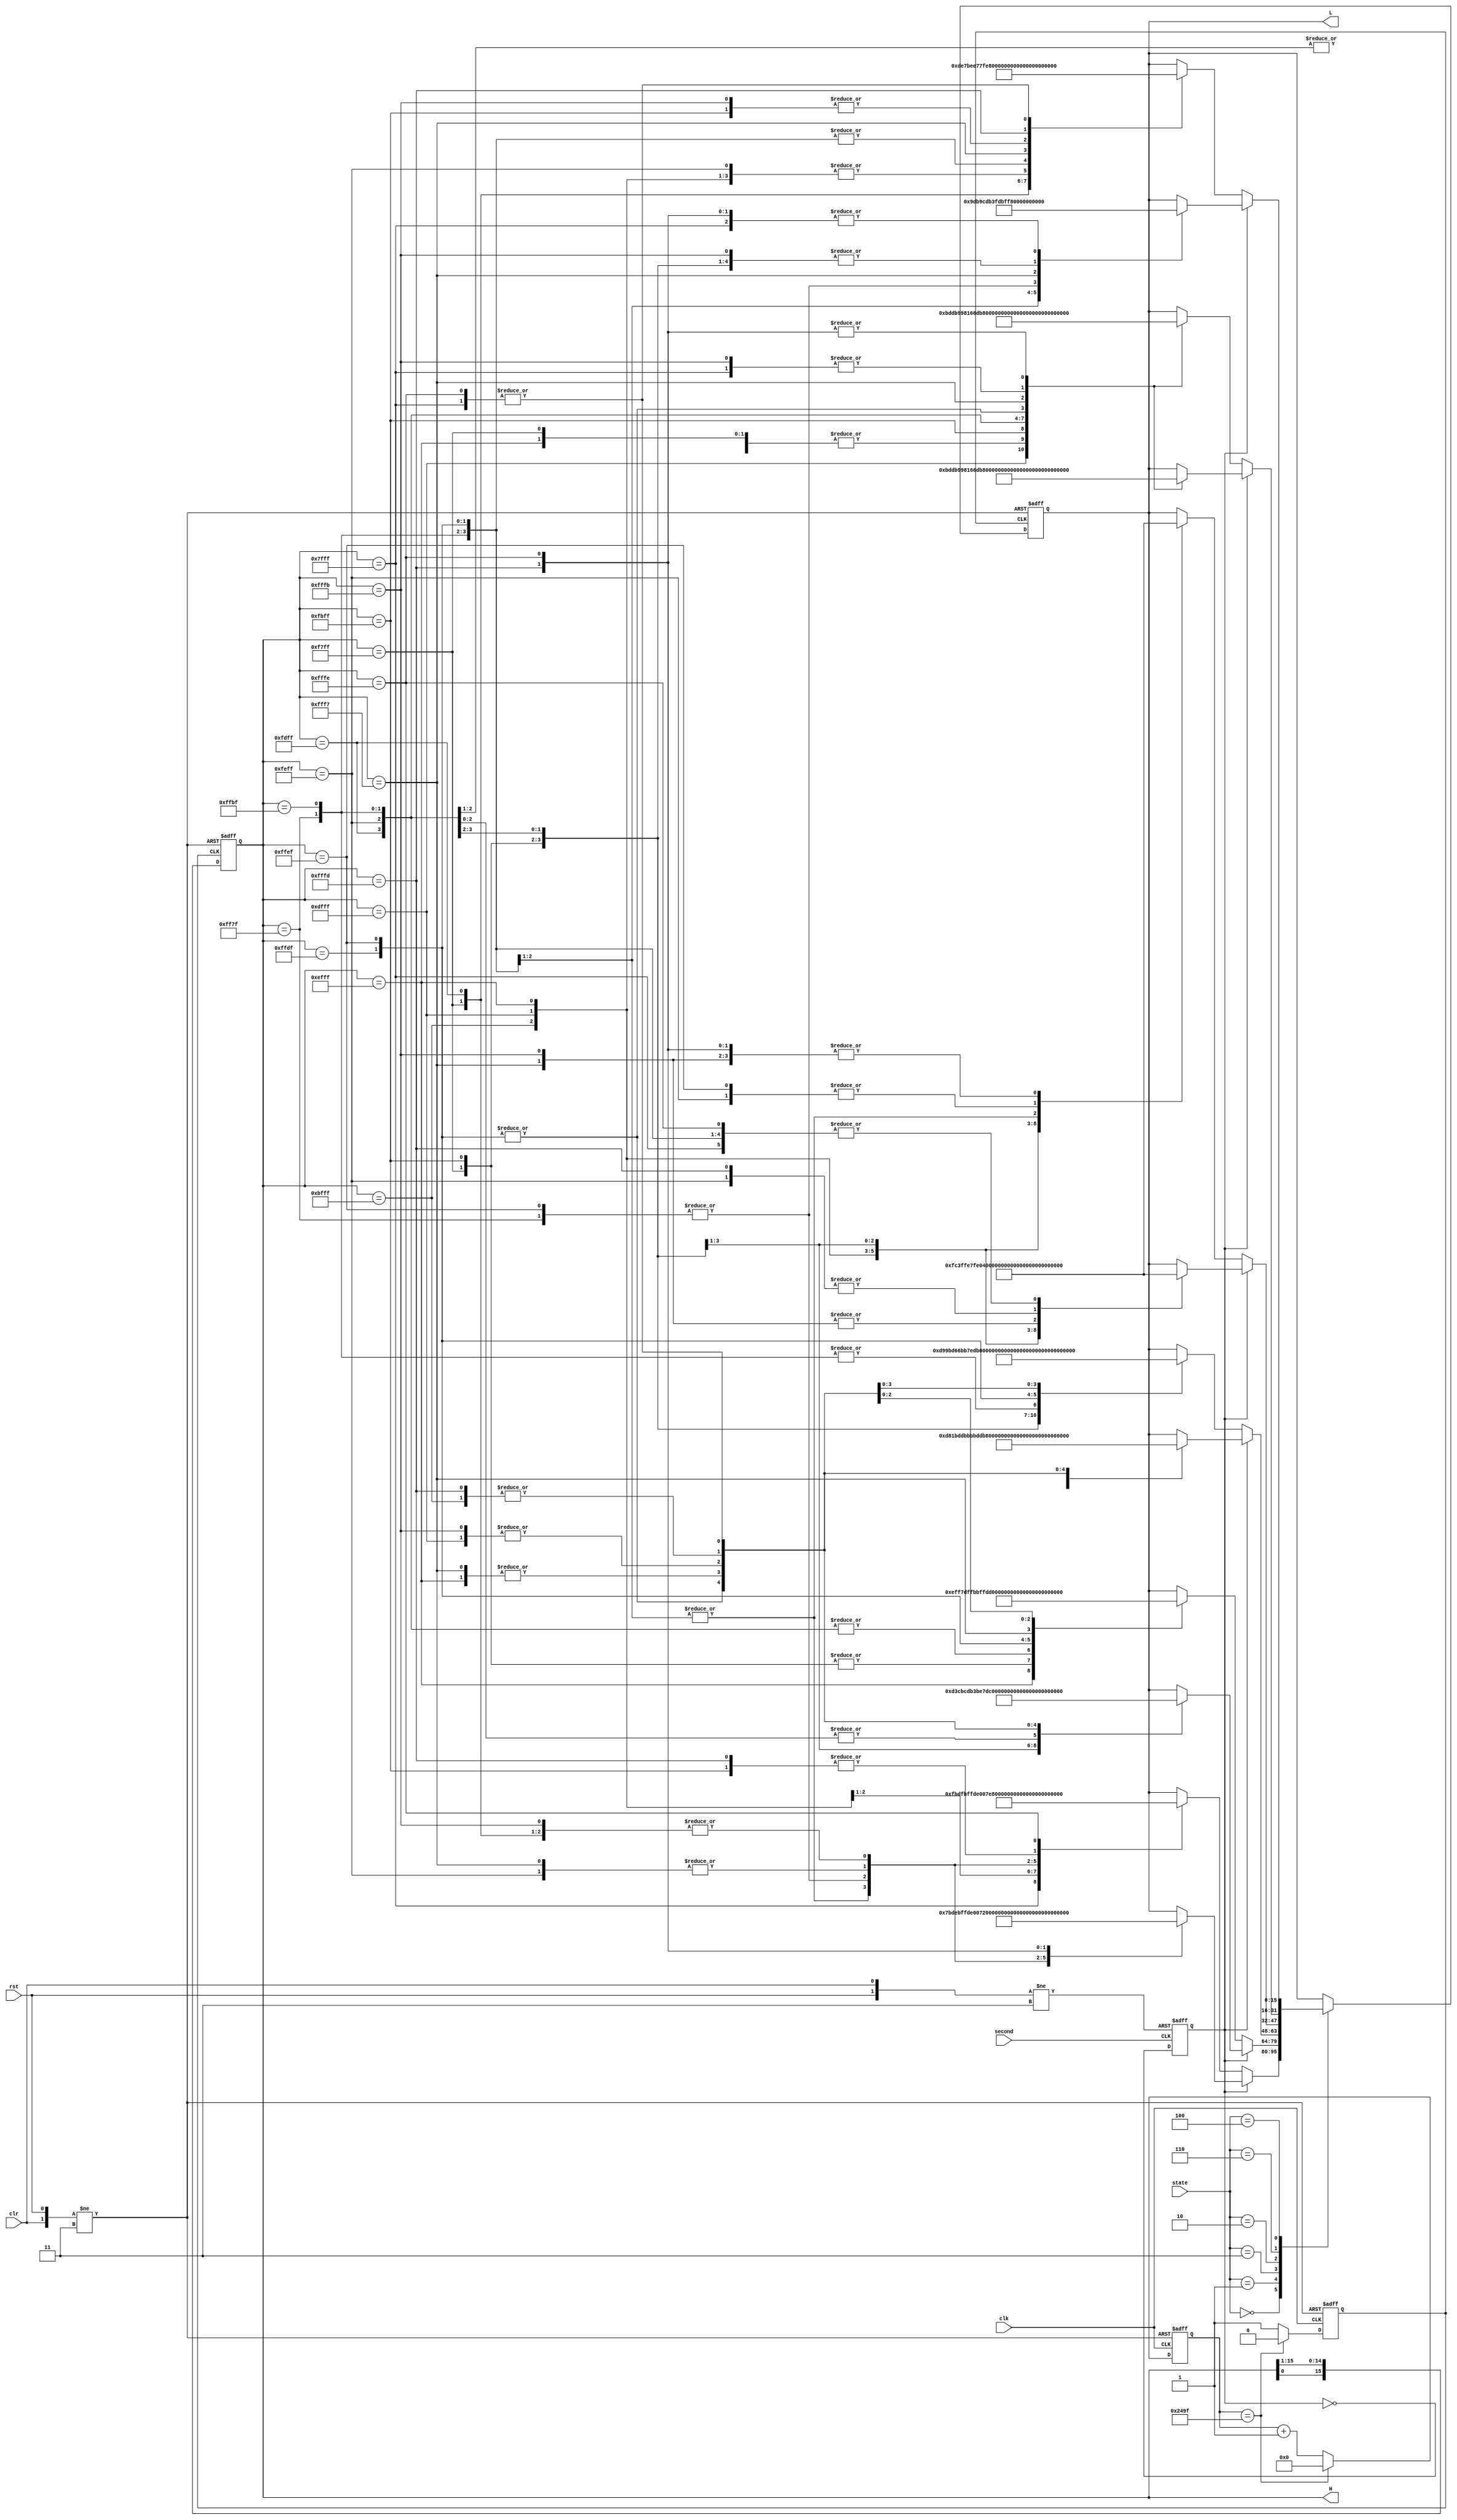


//

module LED_dot_matrix(clk, rst, clr, second, state, H, L);

	input clk, rst, clr;
	reg [13:0] posclk_cnt;
	reg clk_9375;
	
	

	input [2:0] state;
	localparam Free = 3'b000;
	localparam Water_supply = 3'b001;
	localparam Rinsing = 3'b011; //3
	localparam Water_draining = 3'b010;
	localparam Dehydrating = 3'b110;
	localparam Warning = 3'b100;
	
	input second;
	reg flip;
	output reg [15:0] H, L;
	
	localparam Row_1 = 16'b0111_1111_1111_1111;
	localparam Row_2 = 16'b1011_1111_1111_1111;
	localparam Row_3 = 16'b1101_1111_1111_1111;
	localparam Row_4 = 16'b1110_1111_1111_1111;
	localparam Row_5 = 16'b1111_0111_1111_1111;
	localparam Row_6 = 16'b1111_1011_1111_1111;
	localparam Row_7 = 16'b1111_1101_1111_1111;
	localparam Row_8 = 16'b1111_1110_1111_1111;
	localparam Row_9 = 16'b1111_1111_0111_1111;
	localparam Row_10 = 16'b1111_1111_1011_1111;
	localparam Row_11 = 16'b1111_1111_1101_1111;
	localparam Row_12 = 16'b1111_1111_1110_1111;
	localparam Row_13 = 16'b1111_1111_1111_0111;
	localparam Row_14 = 16'b1111_1111_1111_1011;
	localparam Row_15 = 16'b1111_1111_1111_1101;
	localparam Row_16 = 16'b1111_1111_1111_1110;
	
	
	always @(posedge clk or negedge rst or negedge clr)	// ; 24MHz = '9375' * 2^8 *10
		begin
			if (!rst)
				begin
					posclk_cnt <= 0;
					clk_9375 <= 1;
				end
			else if (!clr)
				begin
					posclk_cnt <= 0;
					clk_9375 <= 1;
				end
			else if (posclk_cnt == 9375)	//9375
				begin
					posclk_cnt <= 0;
					clk_9375 <= 0;
				end
			else
				begin
					posclk_cnt <= posclk_cnt + 1;
					clk_9375 <= 1;
				end
		end
	
	
	always @(negedge second or negedge rst or negedge clr)
		begin
			if (!rst)
				flip <= 0;
			else if (!clr)
				flip <= 0;
			else
				flip <= !flip;
		end
	
	always @(negedge clk_9375 or negedge rst or negedge clr)	//
		begin
			if (!rst)
				H <= 16'b0111_1111_1111_1111;
			else if (!clr)
				H <= 16'b0111_1111_1111_1111;
			else
				H <= {H[0],H[15:1]};
		end
	
	always @(negedge clk_9375 or negedge rst or negedge clr )
		begin
			if (!rst)
				L <= 16'b1111_1111_1111_1111;
			else if (!clr)
				L <= 16'b1111_1111_1111_1111;
			else
				begin
					case(state)
						Free:
							begin
								if (!flip)
									case(H)
										Row_1:
											L <= 16'b1111_1011_1101_1111; 
										Row_2:
											L <= 16'b1011_1111_1111_1101;
										Row_3:
											L <= 16'b1110_0000_0000_0111;
										Row_4:
											L <= 16'b1110_1111_1111_0111;
										Row_5:
											L <= 16'b1110_1111_1111_0111;
										Row_6:
											L <= 16'b1010_0000_0000_0101;
										Row_7:
											L <= 16'b1110_1111_1111_0111;
										Row_8:
											L <= 16'b1110_1110_0111_0111;
										Row_9:
											L <= 16'b1010_1101_1011_0101;
										Row_10:
											L <= 16'b1110_1010_0101_0111;
										Row_11:
											L <= 16'b1110_1010_0101_0111;
										Row_12:
											L <= 16'b1010_1101_1011_0101;
										Row_13:
											L <= 16'b1110_1110_0111_0111;
										Row_14:
											L <= 16'b1110_1111_1111_0111;
										Row_15:
											L <= 16'b1010_0000_0000_0101;
										Row_16:
											L <= 16'b1111_1111_1111_1111;
									endcase
								else
									case(H)
										Row_1:
											L <= 16'b0111_1011_1101_1110; 
										Row_2:
											L <= 16'b1011_1111_1111_1101;
										Row_3:
											L <= 16'b1110_0000_0000_0111;
										Row_4:
											L <= 16'b1110_1111_1111_0111;
										Row_5:
											L <= 16'b1110_1111_1111_0111;
										Row_6:
											L <= 16'b0010_0000_0000_0100;
										Row_7:
											L <= 16'b1110_1111_1111_0111;
										Row_8:
											L <= 16'b1110_1110_0111_0111;
										Row_9:
											L <= 16'b0010_1101_1011_0100;
										Row_10:
											L <= 16'b1110_1010_0101_0111;
										Row_11:
											L <= 16'b1110_1010_0101_0111;
										Row_12:
											L <= 16'b0010_1101_1011_0100;
										Row_13:
											L <= 16'b1110_1110_0111_0111;
										Row_14:
											L <= 16'b1110_1111_1111_0111;
										Row_15:
											L <= 16'b1010_0000_0000_0101;
										Row_16:
											L <= 16'b0111_1111_1111_1110;
									endcase
							end
						Water_supply:
							begin
								if (!flip)
									case(H)
										Row_1:
											L <= 16'b1111_1111_1111_1111; 
										Row_2:
											L <= 16'b1111_1100_0011_1111;
										Row_3:
											L <= 16'b1111_0011_1100_1111;
										Row_4:
											L <= 16'b1110_1111_1111_0111;
										Row_5:
											L <= 16'b1101_1111_1111_1011;
										Row_6:
											L <= 16'b1101_1111_1111_1011;
										Row_7:
											L <= 16'b1011_1111_1111_1101;
										Row_8:
											L <= 16'b1011_1111_1111_1101;
										Row_9:
											L <= 16'b1011_1111_1111_1101;
										Row_10:
											L <= 16'b1011_1111_1111_1101;
										Row_11:
											L <= 16'b1101_0011_1100_1011;
										Row_12:
											L <= 16'b1100_1101_1011_0011;
										Row_13:
											L <= 16'b1110_1110_0111_0111;
										Row_14:
											L <= 16'b1111_0011_1100_1111;
										Row_15:
											L <= 16'b1111_1100_0011_1111;
										Row_16:
											L <= 16'b1111_1111_1111_1111;
									endcase
								else
									case(H)
										Row_1:
											L <= 16'b1111_1111_1111_1111; 
										Row_2:
											L <= 16'b1111_1100_0011_1111;
										Row_3:
											L <= 16'b1111_0011_1100_1111;
										Row_4:
											L <= 16'b1110_1111_1111_0111;
										Row_5:
											L <= 16'b1101_0011_1100_1011;
										Row_6:
											L <= 16'b1100_1101_1011_0011;
										Row_7:
											L <= 16'b1011_1110_0111_1101;
										Row_8:
											L <= 16'b1011_1111_1111_1101;
										Row_9:
											L <= 16'b1011_1111_1111_1101;
										Row_10:
											L <= 16'b1011_1111_1111_1101;
										Row_11:
											L <= 16'b1101_1111_1111_1011;
										Row_12:
											L <= 16'b1101_1111_1111_1011;
										Row_13:
											L <= 16'b1110_1111_1111_0111;
										Row_14:
											L <= 16'b1111_0011_1100_1111;
										Row_15:
											L <= 16'b1111_1100_0011_1111;
										Row_16:
											L <= 16'b1111_1111_1111_1111;
									endcase
							end
						Rinsing:
							begin
								if (!flip)
									case(H)
										Row_1:
											L <= 16'b1111_1111_1111_1111; 
										Row_2:
											L <= 16'b1111_1100_0011_1111;
										Row_3:
											L <= 16'b1111_0011_1100_1111;
										Row_4:
											L <= 16'b1110_1111_1111_0111;
										Row_5:
											L <= 16'b1101_1001_1001_1011;
										Row_6:
											L <= 16'b1101_0110_0110_1011;
										Row_7:
											L <= 16'b1011_0111_1110_1101;
										Row_8:
											L <= 16'b1011_0011_1100_1101;
										Row_9:
											L <= 16'b1011_1011_1101_1101;
										Row_10:
											L <= 16'b1011_1011_1101_1101;
										Row_11:
											L <= 16'b1101_1011_1101_1011;
										Row_12:
											L <= 16'b1101_1000_0001_1011;
										Row_13:
											L <= 16'b1110_1111_1111_0111;
										Row_14:
											L <= 16'b1111_0011_1100_1111;
										Row_15:
											L <= 16'b1111_1100_0011_1111;
										Row_16:
											L <= 16'b1111_1111_1111_1111;
									endcase
								else
									case(H)
										Row_1:
											L <= 16'b1111_1111_1111_1111; 
										Row_2:
											L <= 16'b1111_1100_0011_1111;
										Row_3:
											L <= 16'b1111_0011_1100_1111;
										Row_4:
											L <= 16'b1110_1111_1111_0111;
										Row_5:
											L <= 16'b1101_1000_0001_1011;
										Row_6:
											L <= 16'b1101_1101_1011_1011;
										Row_7:
											L <= 16'b1011_1011_1101_1101;
										Row_8:
											L <= 16'b1011_1010_0101_1101;
										Row_9:
											L <= 16'b1011_1010_0101_1101;
										Row_10:
											L <= 16'b1011_1001_1001_1101;
										Row_11:
											L <= 16'b1101_1001_1001_1011;
										Row_12:
											L <= 16'b1101_1001_1001_1011;
										Row_13:
											L <= 16'b1110_1111_1111_0111;
										Row_14:
											L <= 16'b1111_0011_1100_1111;
										Row_15:
											L <= 16'b1111_1100_0011_1111;
										Row_16:
											L <= 16'b1111_1111_1111_1111;
									endcase
							end
						Water_draining:
							begin
								if (!flip)
									case(H)
										Row_1:
											L <= 16'b1111_1111_1111_1111; 
										Row_2:
											L <= 16'b1111_1100_0011_1111;
										Row_3:
											L <= 16'b1111_1110_0111_1111;
										Row_4:
											L <= 16'b1110_0000_0011_1111;
										Row_5:
											L <= 16'b1111_1111_1101_1111;
										Row_6:
											L <= 16'b1110_0001_1101_1111;
										Row_7:
											L <= 16'b1111_1110_1101_1111;
										Row_8:
											L <= 16'b1111_1110_0011_1111;
										Row_9:
											L <= 16'b1111_1111_1111_1111;
										Row_10:
											L <= 16'b1111_1111_0111_1111;
										Row_11:
											L <= 16'b1111_1111_0111_1111;
										Row_12:
											L <= 16'b1111_1110_0011_1111;
										Row_13:
											L <= 16'b1111_1111_1111_1111;
										Row_14:
											L <= 16'b1111_1111_1111_1111;
										Row_15:
											L <= 16'b1111_1111_1111_1111;
										Row_16:
											L <= 16'b1111_1111_1111_1111;
									endcase
								else
									case(H)
										Row_1:
											L <= 16'b1111_1111_1111_1111; 
										Row_2:
											L <= 16'b1111_1100_0011_1111;
										Row_3:
											L <= 16'b1111_1110_0111_1111;
										Row_4:
											L <= 16'b1110_0000_0011_1111;
										Row_5:
											L <= 16'b1111_1111_1101_1111;
										Row_6:
											L <= 16'b1110_0001_1101_1111;
										Row_7:
											L <= 16'b1111_1110_1101_1111;
										Row_8:
											L <= 16'b1111_1110_0011_1111;
										Row_9:
											L <= 16'b1111_1111_1111_1111;
										Row_10:
											L <= 16'b1111_1111_1111_1111;
										Row_11:
											L <= 16'b1111_1111_1111_1111;
										Row_12:
											L <= 16'b1111_1111_1111_1111;
										Row_13:
											L <= 16'b1111_1111_0111_1111;
										Row_14:
											L <= 16'b1111_1111_0111_1111;
										Row_15:
											L <= 16'b1111_1110_0011_1111;
										Row_16:
											L <= 16'b1111_1111_1111_1111;
									endcase
							end
						Dehydrating:
							begin
								if (!flip)
									case(H)
										Row_1:
											L <= 16'b1111_1111_1111_1111; 
										Row_2:
											L <= 16'b1011_1101_1101_1011;
										Row_3:
											L <= 16'b0000_0000_0000_0000;
										Row_4:
											L <= 16'b1011_1101_1101_1011;
										Row_5:
											L <= 16'b1011_1101_1101_1011;
										Row_6:
											L <= 16'b1001_1001_1000_0001;
										Row_7:
											L <= 16'b0110_0110_1101_1011;
										Row_8:
											L <= 16'b0111_1110_1011_1101;
										Row_9:
											L <= 16'b0011_1100_1010_0101;
										Row_10:
											L <= 16'b1011_1101_1010_0101;
										Row_11:
											L <= 16'b1011_1101_1001_1001;
										Row_12:
											L <= 16'b1011_1101_1001_1001;
										Row_13:
											L <= 16'b1000_0001_1001_1001;
										Row_14:
											L <= 16'b1111_1111_1111_1111;
										Row_15:
											L <= 16'b1101_1011_1101_1011;
										Row_16:
											L <= 16'b1101_1011_1101_1011;
									endcase
								else
									case(H)
										Row_1:
											L <= 16'b1111_1111_1111_1111; 
										Row_2:
											L <= 16'b1011_1101_1101_1011;
										Row_3:
											L <= 16'b0000_0000_0000_0000;
										Row_4:
											L <= 16'b1011_1101_1101_1011;
										Row_5:
											L <= 16'b1011_1101_1101_1011;
										Row_6:
											L <= 16'b1001_1001_1000_0001;
										Row_7:
											L <= 16'b0110_0110_1101_1011;
										Row_8:
											L <= 16'b0111_1110_1011_1101;
										Row_9:
											L <= 16'b0011_1100_1010_0101;
										Row_10:
											L <= 16'b1011_1101_1010_0101;
										Row_11:
											L <= 16'b1011_1101_1001_1001;
										Row_12:
											L <= 16'b1011_1101_1001_1001;
										Row_13:
											L <= 16'b1000_0001_1001_1001;
										Row_14:
											L <= 16'b1111_1111_1111_1111;
										Row_15:
											L <= 16'b1011_1101_1011_1101;
										Row_16:
											L <= 16'b1011_1101_1011_1101;
									endcase
							end
						Warning:
							begin
								if (!flip)
									case(H)
										Row_1:
											L <= 16'b1111_1111_1111_1111; 
										Row_2:
											L <= 16'b1111_1110_0111_1111;
										Row_3:
											L <= 16'b1111_1110_0111_1111;
										Row_4:
											L <= 16'b1111_1110_0111_1111;
										Row_5:
											L <= 16'b1101_1110_0111_1011;
										Row_6:
											L <= 16'b1100_1110_0111_0011;
										Row_7:
											L <= 16'b1110_1110_0111_0111;
										Row_8:
											L <= 16'b1111_1110_0111_1111;
										Row_9:
											L <= 16'b1111_1101_1011_1111;
										Row_10:
											L <= 16'b1111_1101_1011_1111;
										Row_11:
											L <= 16'b1111_1101_1011_1111;
										Row_12:
											L <= 16'b1111_1101_1011_1111;
										Row_13:
											L <= 16'b1111_1000_0001_1111;
										Row_14:
											L <= 16'b1100_1110_0111_0011;
										Row_15:
											L <= 16'b1001_1111_1111_1001;
										Row_16:
											L <= 16'b1111_1111_1111_1111;
									endcase
								else
									case(H)
										Row_1:
											L <= 16'b1111_1111_1111_1111; 
										Row_2:
											L <= 16'b1111_1110_0111_1111;
										Row_3:
											L <= 16'b1111_1110_0111_1111;
										Row_4:
											L <= 16'b1111_1110_0111_1111;
										Row_5:
											L <= 16'b1111_1110_0111_1111;
										Row_6:
											L <= 16'b1111_1110_0111_1111;
										Row_7:
											L <= 16'b1111_1110_0111_1111;
										Row_8:
											L <= 16'b1111_1110_0111_1111;
										Row_9:
											L <= 16'b1111_1101_1011_1111;
										Row_10:
											L <= 16'b1001_1101_1011_1001;
										Row_11:
											L <= 16'b1100_1101_1011_0011;
										Row_12:
											L <= 16'b1111_1101_1011_1111;
										Row_13:
											L <= 16'b1111_1000_0001_1111;
										Row_14:
											L <= 16'b1111_1110_0111_1111;
										Row_15:
											L <= 16'b1111_1111_1111_1111;
										Row_16:
											L <= 16'b1111_1111_1111_1111;
									endcase
							end
					endcase
				end
		end
	
endmodule